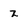
Character: z